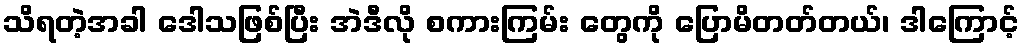
သိရတဲ့အခါ ဒေါသဖြစ်ပြီး အဲဒီလို စကားကြမ်း တွေကို ပြောမိတတ်တယ်၊ ဒါကြောင့်